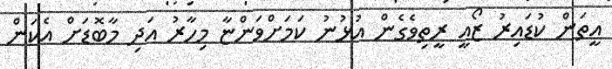
އީތަން ކުޑައިރު ޒޯއީ ރީތިވެގެން އުޅުނު ކަމަށްވަންޏާ މިހާރު އަދި މާބޮޑަށް އެކަން